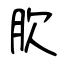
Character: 肷